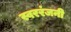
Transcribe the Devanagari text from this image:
स्वररंजनी